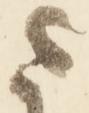
ま